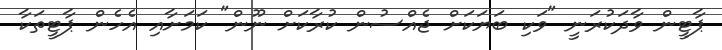
ޕާޓީން ވާދަކުރަނީ "ވަކި ބަޔަކަށް ޖެއްސުން ކުރާކަށް ނޫން" ކަމަށާއި އެހެން ޕާޓީތަކާ